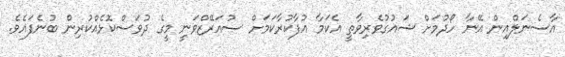
އާސެނަލްއިން އޭނާ ހޯދުމަށް ޝައުގުވެރިވާތީ އެކަމާ އުފާކުރާކަމަށް ސުއަރޭޒްވަނީ މީގެ ދުވަސްކޮޅެއްކުރިން ބުނެފައެވެ.